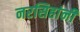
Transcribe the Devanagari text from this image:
नरसिहांनी